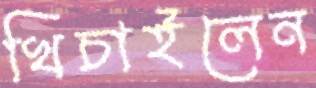
খিচাইলেন